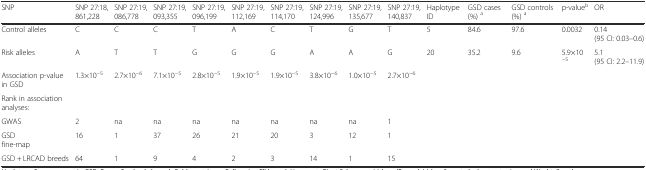
| SNP | SNP 27:18,861,228 | SNP 27:19,086,778 | SNP 27:19,093,355 | SNP 27:19,096,199 | SNP 27:19,112,169 | SNP 27:19,114,170 | SNP 27:19,124,996 | SNP 27:19,135,677 | SNP 27:19,140,837 | Haplotype ID | GSD cases (%) a | GSD controls (%) a | p-valueb | OR |
 | --- | --- | --- | --- | --- | --- | --- | --- | --- | --- | --- | --- | --- | --- | --- |
 | Control alleles | C | C | C | T | A | C | T | G | T | 5 | 84.6 | 97.6 | 0.0032 | 0.14 (95 CI: 0.03–0.6) |
 | Risk alleles | A | T | T | G | G | G | A | A | G | 20 | 35.2 | 9.6 | 5.9×10−5 | 5.1 (95 CI: 2.2–11.9) |
 | Association p-value in GSD | 1.3×10−5 | 2.7×10−6 | 7.1×10−5 | 2.8×10−5 | 1.9×10−5 | 1.9×10−5 | 3.8×10−6 | 1.0×10−5 | 2.7×10−6 |  |  |  |  |  |
 | Rank in association analyses: |  |  |  |  |  |  |  |  |  |  |  |  |  |  |
 | GWAS | 2 | na | na | na | na | na | na | na | 1 |  |  |  |  |  |
 | GSD fine-map | 16 | 1 | 37 | 26 | 21 | 20 | 3 | 12 | 1 |  |  |  |  |  |
 | GSD + LRCAD breeds | 64 | 1 | 9 | 4 | 2 | 3 | 14 | 1 | 15 |  |  |  |  |  |